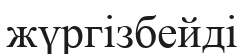
жүргізбейді